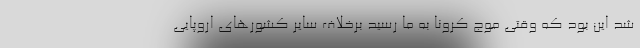
شد این بود که وقتی موج کرونا به ما رسید برخلاف سایر کشورهای اروپایی